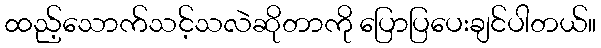
ထည့်သောက်သင့်သလဲဆိုတာကို ပြောပြပေးချင်ပါတယ်။